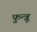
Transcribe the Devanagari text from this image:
फुन्त्रू